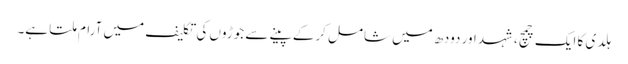
ہلدی کا ایک چمچ، شہد اور دودھ میں شامل کرکے پینے سے جوڑوں کی تکلیف میں آرام ملتا ہے۔